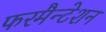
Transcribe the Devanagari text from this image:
फरमैन्टेशन